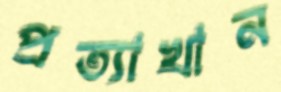
প্রত্যাখান